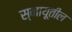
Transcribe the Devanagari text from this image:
स्नायूतील